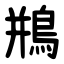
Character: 鵧